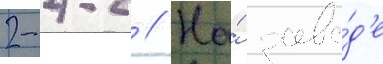
2-4-2 // На́ заво́д'е